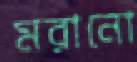
মরানো